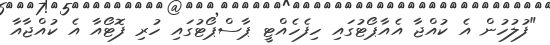
"ފުލުހުން އެ ކުއްޖާ އެއާޕޯޓުގައި ހިފެހެއްޓީ ޕާސްޕޯޓުގައި ހުރި ފޮޓޯއާ އެ ކުއްޖާއާ